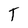
Character: T